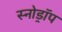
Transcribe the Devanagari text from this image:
स्नोड्रॉप